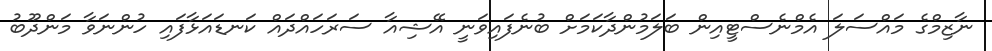
ނާޒިމްގެ މައްސަލަ އެމްނެސްޓީއިން ބަލަމުންދާކަމަށް ބުނެފައިވަނީ އޭޝިއާ ސަރަހައްދައް ކަނޑައަޅާފައި ހުންނަވާ މަންދޫބު